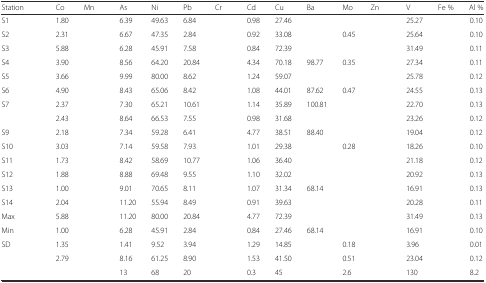
<table><thead><tr><td><b>Station</b></td><td><b>Co</b></td><td><b>Mn</b></td><td><b>As</b></td><td><b>Ni</b></td><td><b>Pb</b></td><td><b>Cr</b></td><td><b>Cd</b></td><td><b>Cu</b></td><td><b>Ba</b></td><td><b>Mo</b></td><td><b>Zn</b></td><td><b>V</b></td><td><b>Fe %</b></td><td><b>Al %</b></td></tr></thead><tbody><tr><td>S1</td><td>1.80</td><td>[EMPTY_CELL]</td><td>6.39</td><td>49.63</td><td>6.84</td><td>[EMPTY_CELL]</td><td>0.98</td><td>27.46</td><td>[EMPTY_CELL]</td><td>[EMPTY_CELL]</td><td>[EMPTY_CELL]</td><td>25.27</td><td>[EMPTY_CELL]</td><td>0.10</td></tr><tr><td>S2</td><td>2.31</td><td>[EMPTY_CELL]</td><td>6.67</td><td>47.35</td><td>2.84</td><td>[EMPTY_CELL]</td><td>0.92</td><td>33.08</td><td>[EMPTY_CELL]</td><td>0.45</td><td>[EMPTY_CELL]</td><td>25.64</td><td>[EMPTY_CELL]</td><td>0.10</td></tr><tr><td>S3</td><td>5.88</td><td>[EMPTY_CELL]</td><td>6.28</td><td>45.91</td><td>7.58</td><td>[EMPTY_CELL]</td><td>0.84</td><td>72.39</td><td>[EMPTY_CELL]</td><td>[EMPTY_CELL]</td><td>[EMPTY_CELL]</td><td>31.49</td><td>[EMPTY_CELL]</td><td>0.11</td></tr><tr><td>S4</td><td>3.90</td><td>[EMPTY_CELL]</td><td>8.56</td><td>64.20</td><td>20.84</td><td>[EMPTY_CELL]</td><td>4.34</td><td>70.18</td><td>98.77</td><td>0.35</td><td>[EMPTY_CELL]</td><td>27.34</td><td>[EMPTY_CELL]</td><td>0.11</td></tr><tr><td>S5</td><td>3.66</td><td>[EMPTY_CELL]</td><td>9.99</td><td>80.00</td><td>8.62</td><td>[EMPTY_CELL]</td><td>1.24</td><td>59.07</td><td>[EMPTY_CELL]</td><td>[EMPTY_CELL]</td><td>[EMPTY_CELL]</td><td>25.78</td><td>[EMPTY_CELL]</td><td>0.12</td></tr><tr><td>S6</td><td>4.90</td><td>[EMPTY_CELL]</td><td>8.43</td><td>65.06</td><td>8.42</td><td>[EMPTY_CELL]</td><td>1.08</td><td>44.01</td><td>87.62</td><td>0.47</td><td>[EMPTY_CELL]</td><td>24.55</td><td>[EMPTY_CELL]</td><td>0.13</td></tr><tr><td>S7</td><td>2.37</td><td>[EMPTY_CELL]</td><td>7.30</td><td>65.21</td><td>10.61</td><td>[EMPTY_CELL]</td><td>1.14</td><td>35.89</td><td>100.81</td><td>[EMPTY_CELL]</td><td>[EMPTY_CELL]</td><td>22.70</td><td>[EMPTY_CELL]</td><td>0.13</td></tr><tr><td>[EMPTY_CELL]</td><td>2.43</td><td>[EMPTY_CELL]</td><td>8.64</td><td>66.53</td><td>7.55</td><td>[EMPTY_CELL]</td><td>0.98</td><td>31.68</td><td>[EMPTY_CELL]</td><td>[EMPTY_CELL]</td><td>[EMPTY_CELL]</td><td>23.26</td><td>[EMPTY_CELL]</td><td>0.12</td></tr><tr><td>S9</td><td>2.18</td><td>[EMPTY_CELL]</td><td>7.34</td><td>59.28</td><td>6.41</td><td>[EMPTY_CELL]</td><td>4.77</td><td>38.51</td><td>88.40</td><td>[EMPTY_CELL]</td><td>[EMPTY_CELL]</td><td>19.04</td><td>[EMPTY_CELL]</td><td>0.12</td></tr><tr><td>S10</td><td>3.03</td><td>[EMPTY_CELL]</td><td>7.14</td><td>59.58</td><td>7.93</td><td>[EMPTY_CELL]</td><td>1.01</td><td>29.38</td><td>[EMPTY_CELL]</td><td>0.28</td><td>[EMPTY_CELL]</td><td>18.26</td><td>[EMPTY_CELL]</td><td>0.10</td></tr><tr><td>S11</td><td>1.73</td><td>[EMPTY_CELL]</td><td>8.42</td><td>58.69</td><td>10.77</td><td>[EMPTY_CELL]</td><td>1.06</td><td>36.40</td><td>[EMPTY_CELL]</td><td>[EMPTY_CELL]</td><td>[EMPTY_CELL]</td><td>21.18</td><td>[EMPTY_CELL]</td><td>0.12</td></tr><tr><td>S12</td><td>1.88</td><td>[EMPTY_CELL]</td><td>8.88</td><td>69.48</td><td>9.55</td><td>[EMPTY_CELL]</td><td>1.10</td><td>32.02</td><td>[EMPTY_CELL]</td><td>[EMPTY_CELL]</td><td>[EMPTY_CELL]</td><td>20.92</td><td>[EMPTY_CELL]</td><td>0.13</td></tr><tr><td>S13</td><td>1.00</td><td>[EMPTY_CELL]</td><td>9.01</td><td>70.65</td><td>8.11</td><td>[EMPTY_CELL]</td><td>1.07</td><td>31.34</td><td>68.14</td><td>[EMPTY_CELL]</td><td>[EMPTY_CELL]</td><td>16.91</td><td>[EMPTY_CELL]</td><td>0.13</td></tr><tr><td>S14</td><td>2.04</td><td>[EMPTY_CELL]</td><td>11.20</td><td>55.94</td><td>8.49</td><td>[EMPTY_CELL]</td><td>0.91</td><td>39.63</td><td>[EMPTY_CELL]</td><td>[EMPTY_CELL]</td><td>[EMPTY_CELL]</td><td>20.28</td><td>[EMPTY_CELL]</td><td>0.11</td></tr><tr><td>Max</td><td>5.88</td><td>[EMPTY_CELL]</td><td>11.20</td><td>80.00</td><td>20.84</td><td>[EMPTY_CELL]</td><td>4.77</td><td>72.39</td><td>[EMPTY_CELL]</td><td>[EMPTY_CELL]</td><td>[EMPTY_CELL]</td><td>31.49</td><td>[EMPTY_CELL]</td><td>0.13</td></tr><tr><td>Min</td><td>1.00</td><td>[EMPTY_CELL]</td><td>6.28</td><td>45.91</td><td>2.84</td><td>[EMPTY_CELL]</td><td>0.84</td><td>27.46</td><td>68.14</td><td>[EMPTY_CELL]</td><td>[EMPTY_CELL]</td><td>16.91</td><td>[EMPTY_CELL]</td><td>0.10</td></tr><tr><td>SD</td><td>1.35</td><td>[EMPTY_CELL]</td><td>1.41</td><td>9.52</td><td>3.94</td><td>[EMPTY_CELL]</td><td>1.29</td><td>14.85</td><td>[EMPTY_CELL]</td><td>0.18</td><td>[EMPTY_CELL]</td><td>3.96</td><td>[EMPTY_CELL]</td><td>0.01</td></tr><tr><td>[EMPTY_CELL]</td><td>2.79</td><td>[EMPTY_CELL]</td><td>8.16</td><td>61.25</td><td>8.90</td><td>[EMPTY_CELL]</td><td>1.53</td><td>41.50</td><td>[EMPTY_CELL]</td><td>0.51</td><td>[EMPTY_CELL]</td><td>23.04</td><td>[EMPTY_CELL]</td><td>0.12</td></tr><tr><td>[EMPTY_CELL]</td><td>[EMPTY_CELL]</td><td>[EMPTY_CELL]</td><td>13</td><td>68</td><td>20</td><td>[EMPTY_CELL]</td><td>0.3</td><td>45</td><td>[EMPTY_CELL]</td><td>2.6</td><td>[EMPTY_CELL]</td><td>130</td><td>[EMPTY_CELL]</td><td>8.2</td></tr></tbody></table>